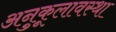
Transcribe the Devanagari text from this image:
अनुकूलावस्था